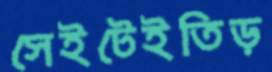
সেইটেইতিড়